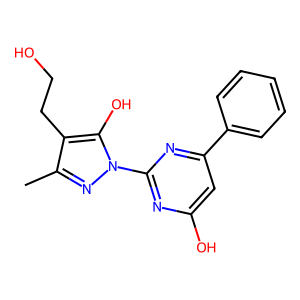
SMILES: Cc1nn(-c2nc(O)cc(-c3ccccc3)n2)c(O)c1CCO
Inhibits HIV replication: No